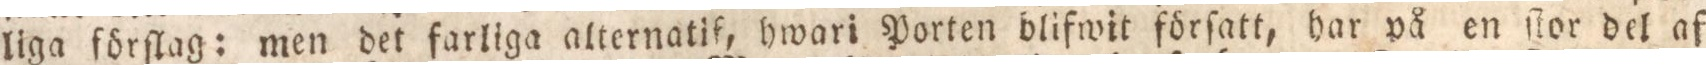
liga förſlag: men det farliga alternatif, hwari Porten blifwit förſatt, har på en ſtor del af